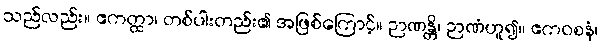
သည်လည်း။ ဧကတ္ထာ၊ တစ်ပါးတည်း၏ အဖြစ်ကြောင့်။ ဉာဏန္တိ၊ ဉာဏံဟူ၍။ ဧကဝစနံ၊